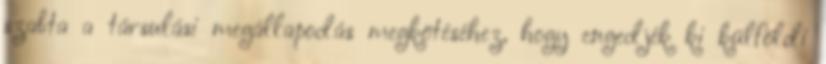
szabta a társulási megállapodás megkötéséhez, hogy engedjék ki külföldi